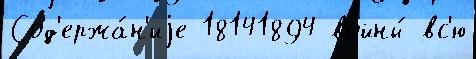
Сод'ержа́н'иjе 18141894 войны́ вс'ю